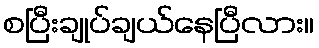
စပြီးချုပ်ချယ်နေပြီလား။